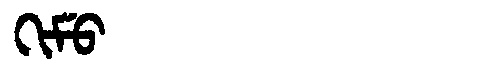
Manchu: ᡴᡳᠮᡠ
Romanization: KIMU